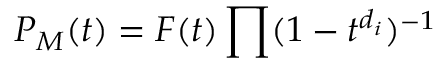
P _ { M } ( t ) = F ( t ) \prod ( 1 - t ^ { d _ { i } } ) ^ { - 1 }